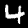
Digit: 4